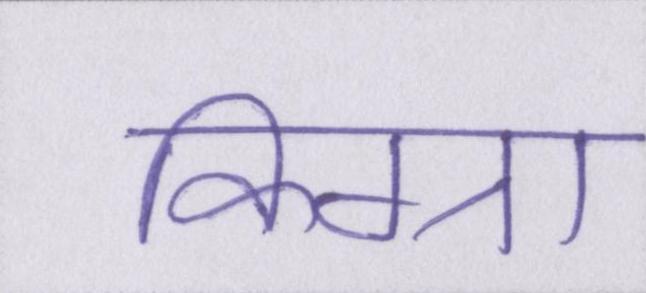
किग्रा